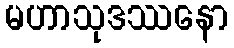
မဟာသုဒဿနော